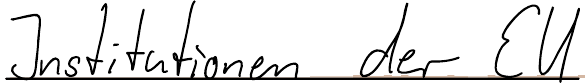
Institutionen der EU